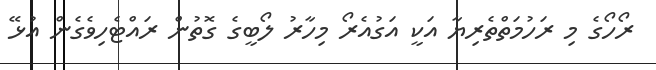
ރޯހޯގެ މި ރަހުމަތްތެރިޔާ އަކީ އަގުއެރޯ މިހާރު ލޯބީގެ ގޮތުން ރައްޓެހިވެގެން އުޅޭ